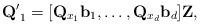
LaTeX: \begin{align*}\mathbf{Q'}_1=[\mathbf{Q}_{x_1}\mathbf{b}_1,\dots,\mathbf{Q}_{x_d}\mathbf{b}_d]\mathbf{Z},\end{align*}